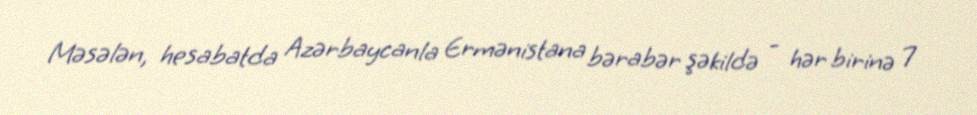
Məsələn, hesabatda Azərbaycanla Ermənistana bərabər şəkildə - hər birinə 7